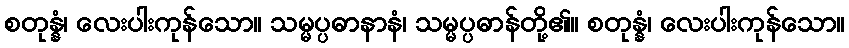
စတုန္နံ၊ လေးပါးကုန်သော။ သမ္မပ္ပဓာနာနံ၊ သမ္မပ္ပဓာန်တို့၏။ စတုန္နံ၊ လေးပါးကုန်သော။